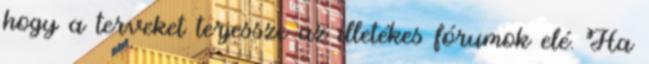
hogy a terveket terjessze az illetékes fórumok elé. Ha